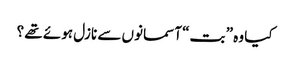
کیا وہ ” بت“ آسمانوں سے نازل ہوئے تھے ؟